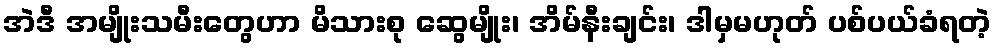
အဲဒီ အမျိုးသမီးတွေဟာ မိသားစု ဆွေမျိုး၊ အိမ်နီးချင်း၊ ဒါမှမဟုတ် ပစ်ပယ်ခံရတဲ့